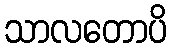
သာလတောပိ